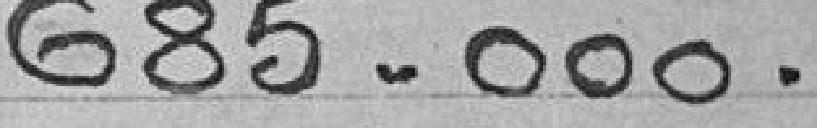
685.000